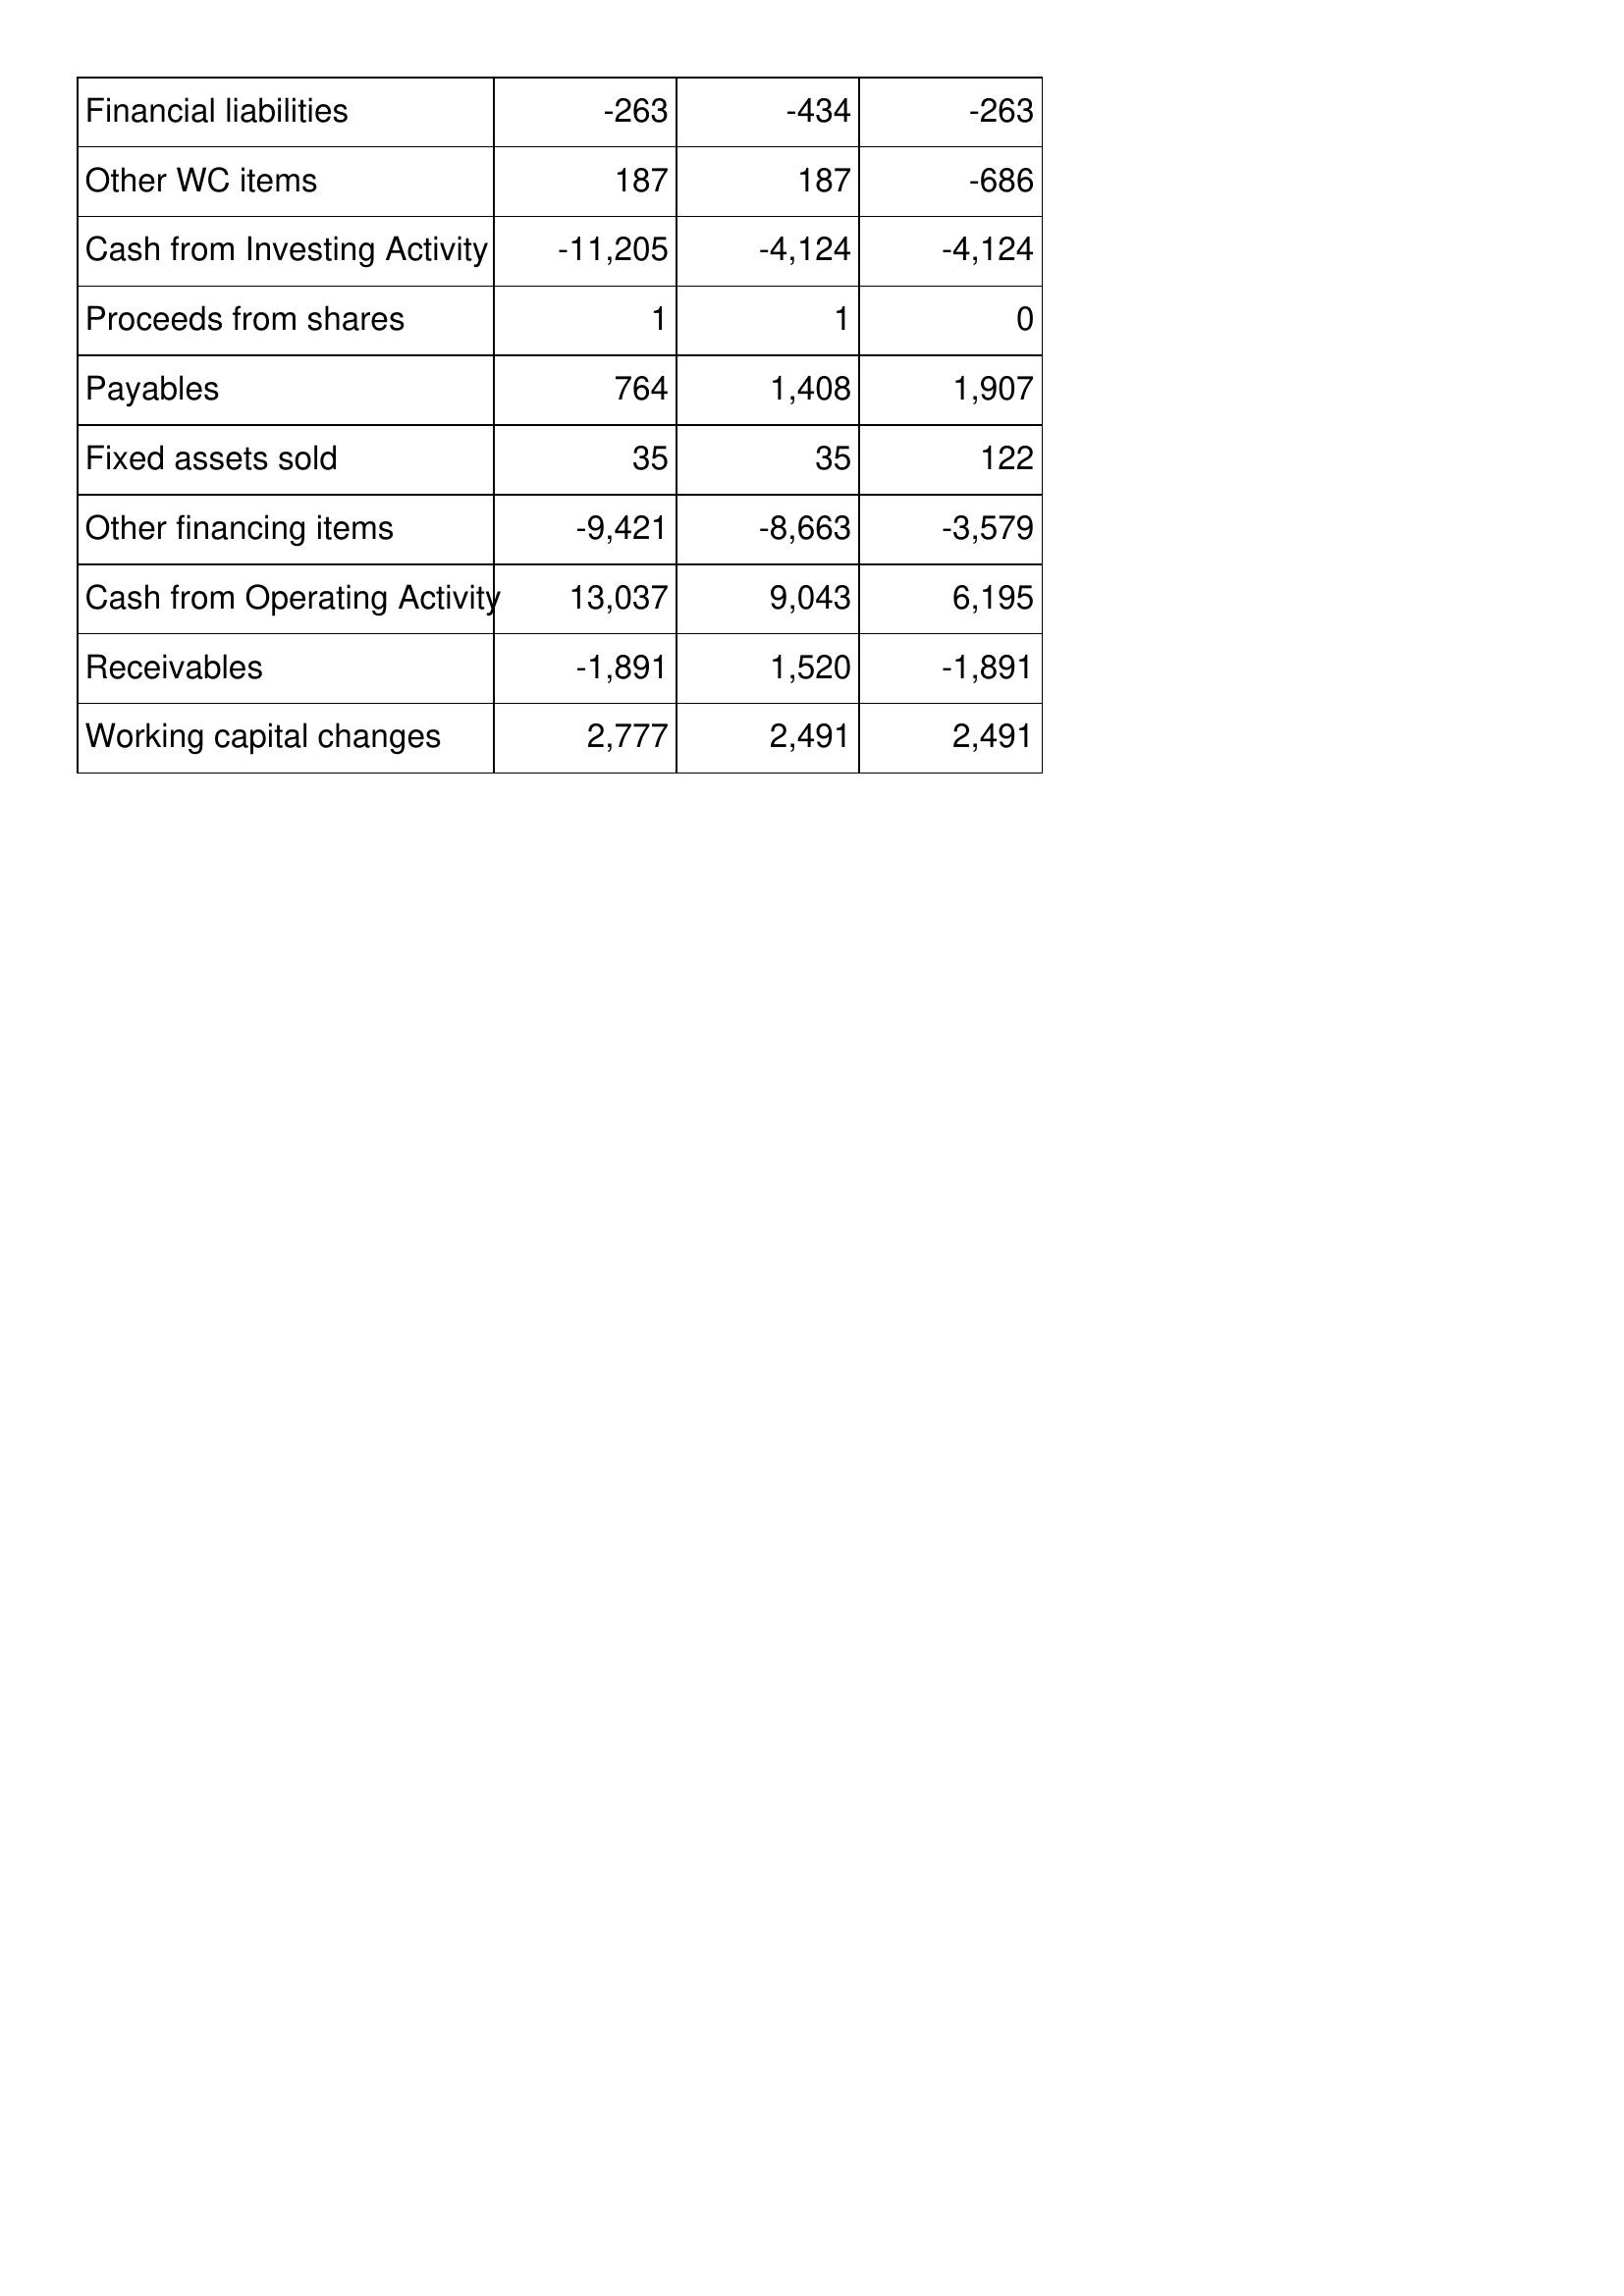
Mar-16: Cash Flows: Financial liabilities: -263
Other WC items: 187
Cash from Investing Activity: -11,205
Proceeds from shares: 1
Payables: 764
Fixed assets sold: 35
Other financing items: -9,421
Cash from Operating Activity: 13,037
Receivables: -1,891
Working capital changes: 2,777
Mar-15: Cash Flows: Financial liabilities: -434
Other WC items: 187
Cash from Investing Activity: -4,124
Proceeds from shares: 1
Payables: 1,408
Fixed assets sold: 35
Other financing items: -8,663
Cash from Operating Activity: 9,043
Receivables: 1,520
Working capital changes: 2,491
Mar-14: Cash Flows: Financial liabilities: -263
Other WC items: -686
Cash from Investing Activity: -4,124
Proceeds from shares: 0
Payables: 1,907
Fixed assets sold: 122
Other financing items: -3,579
Cash from Operating Activity: 6,195
Receivables: -1,891
Working capital changes: 2,491